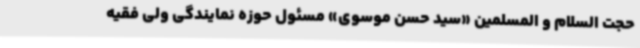
حجت السلام و المسلمین «سید حسن موسوی» مسئول حوزه نمایندگی ولی فقیه